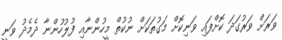
ވަރަށް ވަރުގަދަ ކޮށްފައި ވަނިކޮށް މަގުތަކަށް ނުކުތް މީހުންނާއި ފުލުހުންނާ ދެމެދު ވަނީ